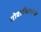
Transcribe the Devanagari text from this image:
गोवारीकरांनी